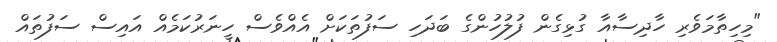
"މިހިތާމަވެރި ހާދިސާއާ ގުޅިގެން ފުލުހުންގެ ބަދަހި ސަފުތަކަށް އެއްވެސް ހީނަރުކަމެއް އައިސް ސަފުތައް